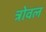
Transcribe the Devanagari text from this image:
त्रोवल